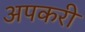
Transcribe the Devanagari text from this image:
अपकरी